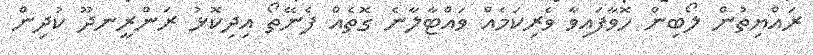
ރައްޔިތުން ލޯބިން ހޮވާފައިވާ ވެރިކަމެއް ވައްޓާލާނެ ގޮތެއް ފެނޭތޯ އިދިކޮޅު ރަންރީނދޫ ކުދިން